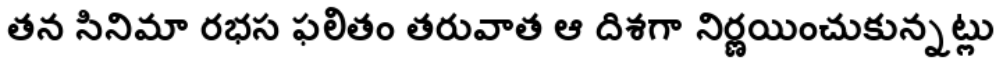
తన సినిమా రభస ఫలితం తరువాత ఆ దిశగా నిర్ణయించుకున్నట్లు